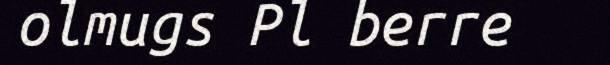
olmugs Pl berre